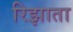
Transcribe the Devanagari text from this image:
रिझाता